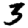
Digit: 3